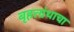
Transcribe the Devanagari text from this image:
बृहत्ग्रंथाचा